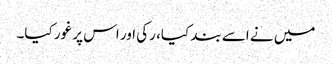
میں نے اسے بند کیا، رکی اور اس پر غور کیا۔